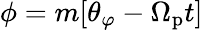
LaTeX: \phi=m[\theta_{\varphi}-\Omega_{\mathrm{p}}t]